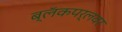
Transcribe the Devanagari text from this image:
ब्लॅकपर्लवर